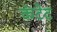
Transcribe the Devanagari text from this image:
कंटेट